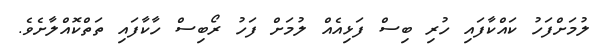
ލުމަށްފަހު ކައްކާފައި ހުރި ބިސް ފަޅިއެއް ލުމަށް ފަހު ރޯބިސް ހާކާފައި ތަތްކޮއްލާށެވެ.